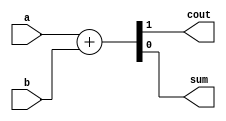
module HalfAdder(cout, sum, a, b);
	input a, b; // input
	output cout, sum; // carry, sum
	
	assign {cout, sum} = a + b; // a + b 2bit  
endmodule